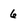
Character: 6